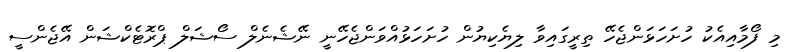
މި ފޯމާއިއެކު ހުށަހަޅަންޖެހޭ ތިރީގައިވާ ލިޔެކިޔުން ހުށަހަޅުއްވަންޖެހޭނީ ނޭޝެނެލް ސޯޝަލް ޕްރޮޓެކްޝަން އޭޖެންސީ